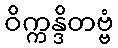
ဝိက္ကန္ဒိတဗ္ဗံ